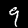
Label: 9